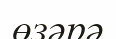
өзәрә